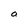
Character: a